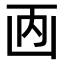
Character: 𠚇